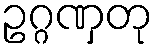
ဥဂ္ဂဏှတု